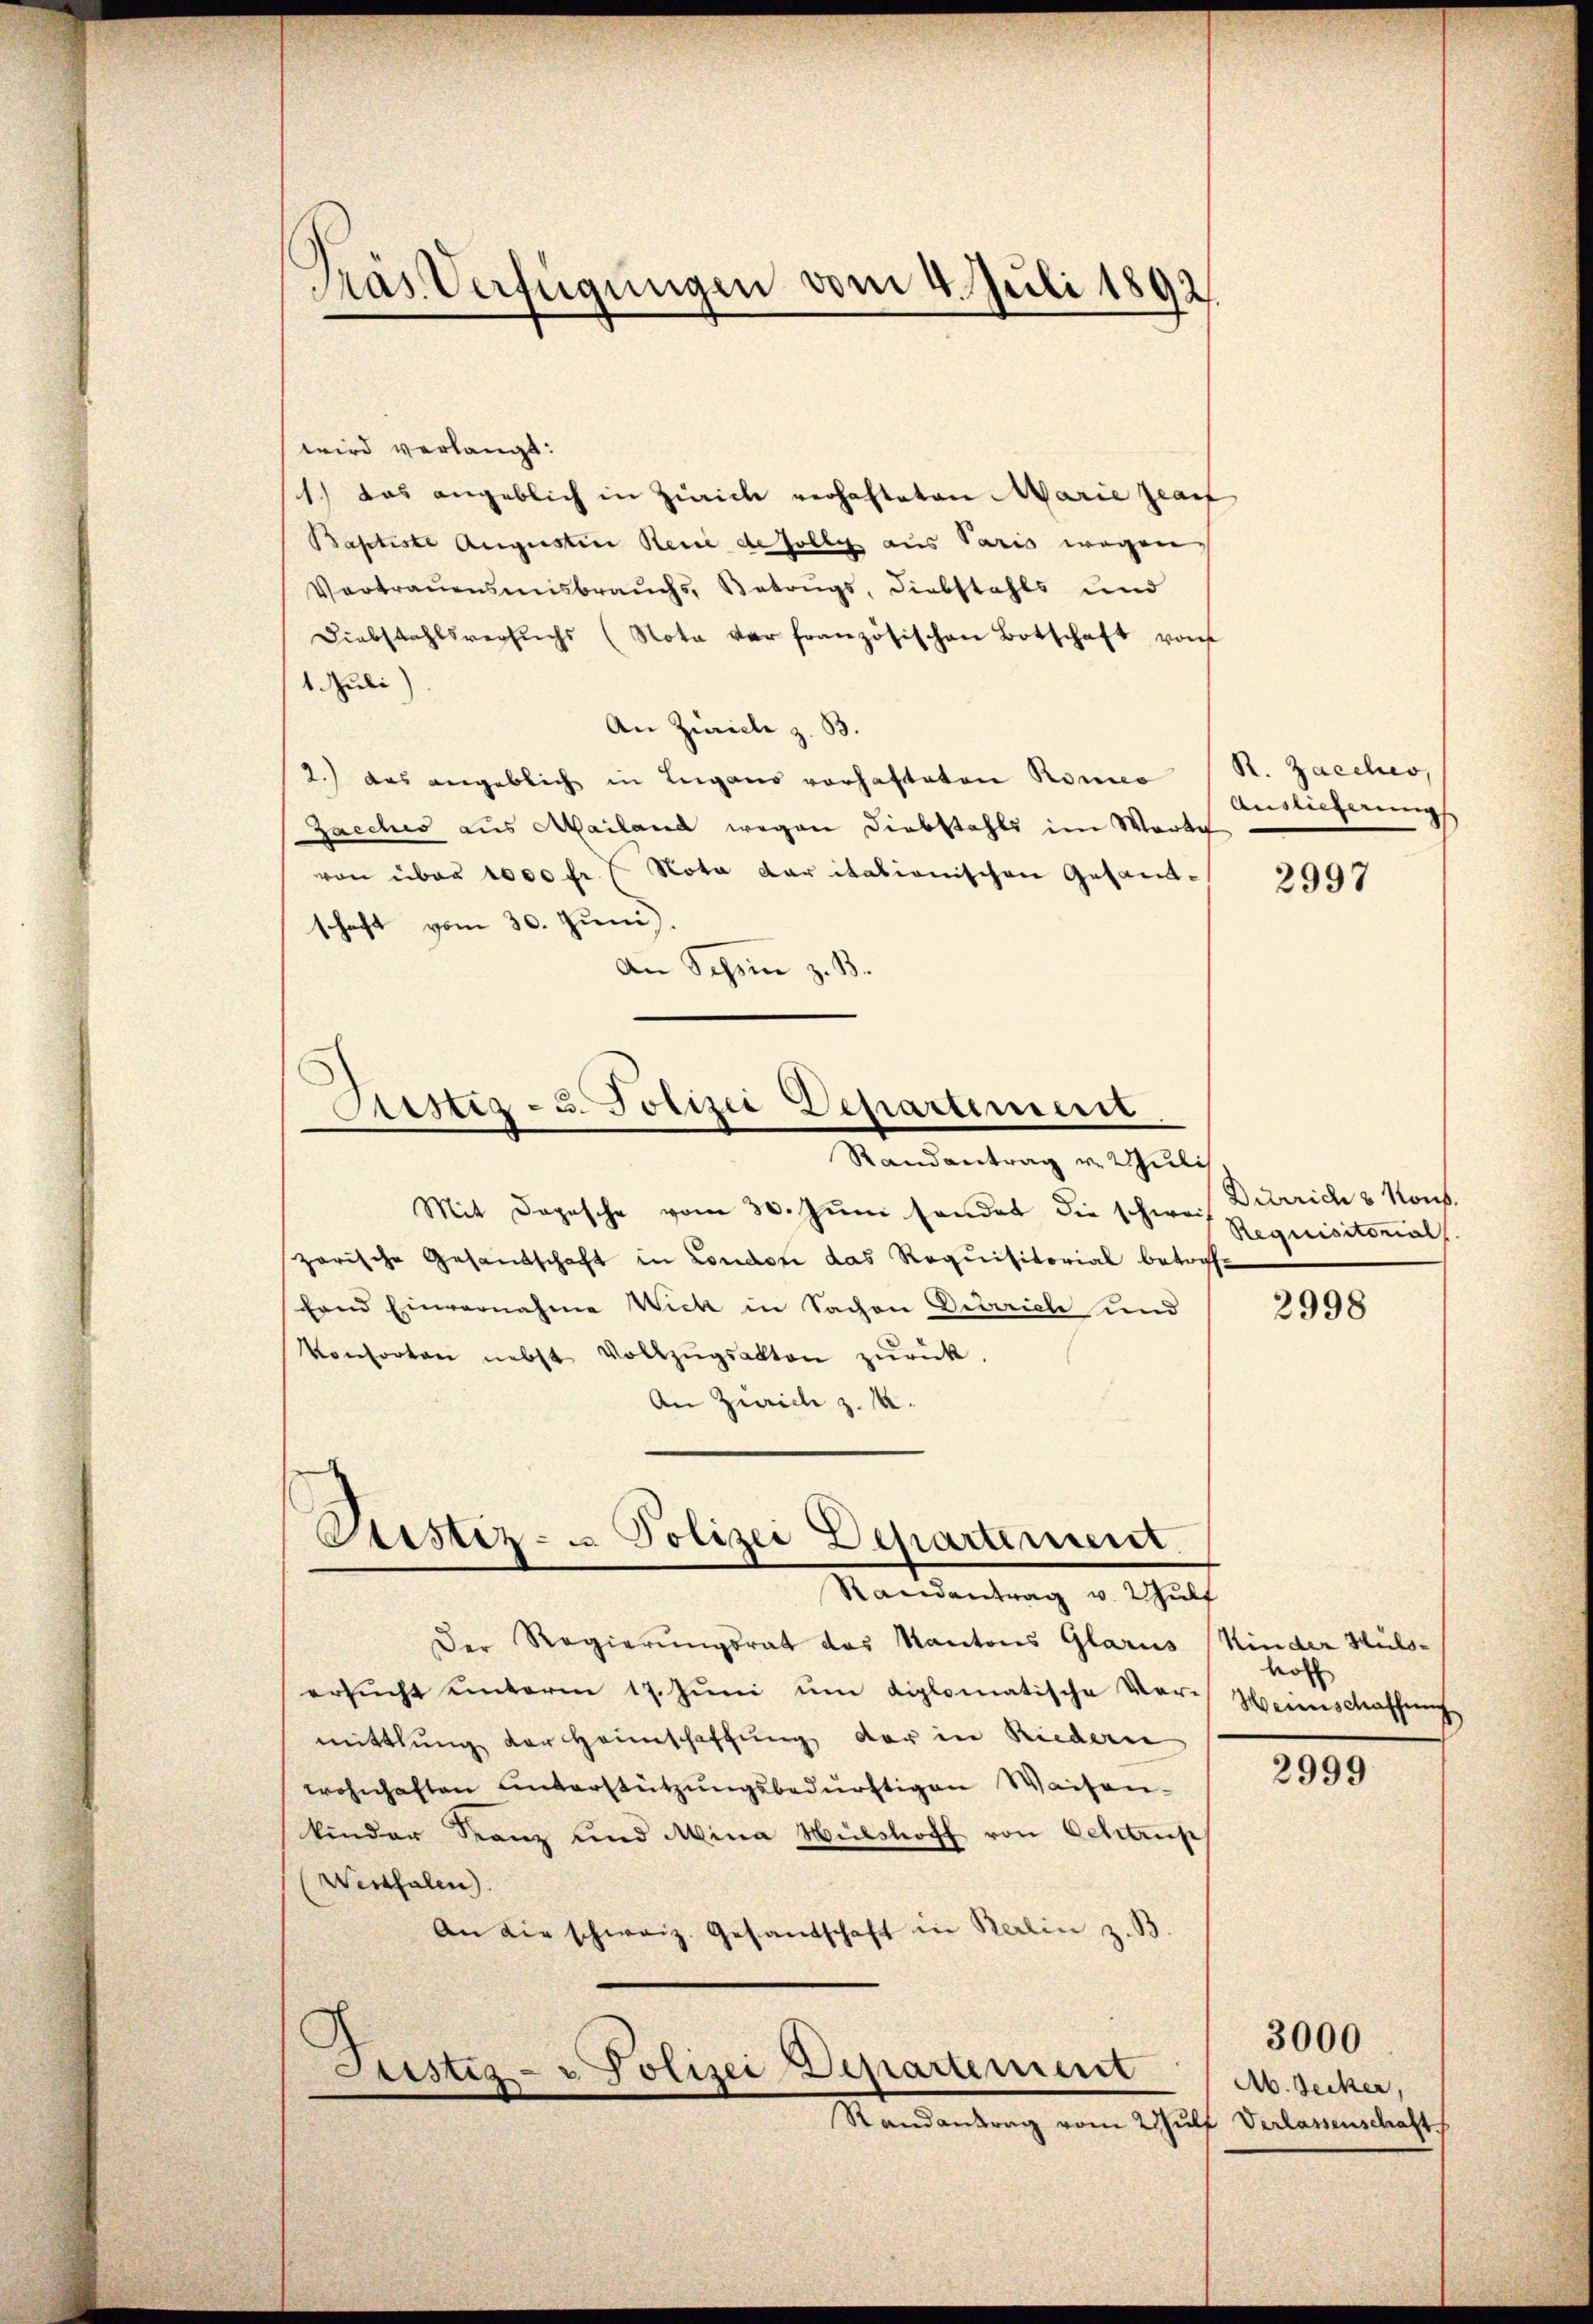
Pras Verfügungen vom 4. Juli 1892

wird verlangt:
1.) Das angeblich in Zürich verhafteten Marie zeaif
Baptiste Augustine Rede de solle aus Paris wegen
Vertrauensmisbrauchs, Betrugs, Diebstahls und
Diebstahlsversuchs (Nota vor französischen Botschaft von
1 Juli
An Zürich z. B.
2.) das angeblich in Lugano vorhafteten Rönne (S. Zacches,
Zacches aus Mailand wegen Diebstahls im Worte
von über 1000 fr. (Nota der italionischen Gesandschaft vom 30. Juni
An Schein z. B.
Justiz- u. Polizei Departement
—
Randantrag v. Juli
Mit Depesche vom 30. Juni sonder die schweiz
zorische Gesandschaft in London das Requisitorial betrof¬
Land Einvernahme Wick in Sachen Diderich und
Konsorten nebst Vollzŭgsakten zŭrück.
An Zürich z. 14.

Ctistiz- u Polizei Departement.
Randantrag v. Hult

Justiz- u Polizei-Departement
Randantrag vom 2ŭlf Verlassenschaft

Auslieferung

Der Regierungsrat das Kantons Glarus Kinder Hulsersŭcht unterm 17. Jŭni ŭm diplomatische Vor- Heimschaffung
mittlung der Haunschaffung der in Riedern
wohnhaften unterstützungsbedürftigen Waisen-
kinder Kanz und Mina Wulstoff von Schtrup
Werthalen).
An die schweiz. Gesandschaft in Berlin z. B.

2997

Durrich 3 Mons.
Requisitorial

2998

hol

2999

Ab. Becker,

3000